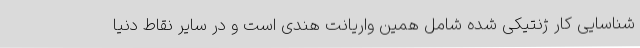
شناسایی کار ژنتیکی شده شامل همین واریانت هندی است و در سایر نقاط دنیا